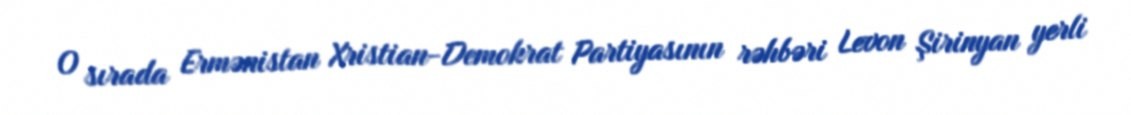
O sırada Ermənistan Xristian-Demokrat Partiyasının rəhbəri Levon Şirinyan yerli